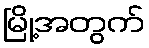
မြို့အတွက်